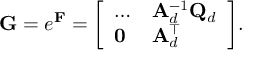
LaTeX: \mathbf { G } = e ^ { \mathbf { F } } = { \left[ \begin{array} { l l } { \dots } & { \mathbf { A } _ { d } ^ { - 1 } \mathbf { Q } _ { d } } \\ { \mathbf { 0 } } & { \mathbf { A } _ { d } ^ { \top } } \end{array} \right] } .